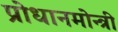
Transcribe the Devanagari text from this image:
प्रोधानमोन्त्री